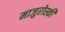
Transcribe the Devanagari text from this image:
माजुरोस्की